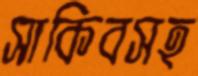
সাকিবসহ